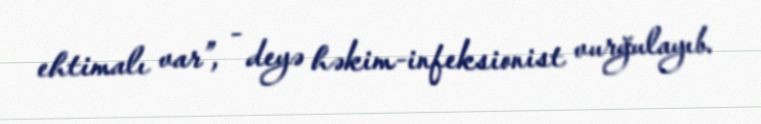
ehtimalı var”, - deyə həkim-infeksionist vurğulayıb.